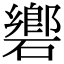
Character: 𥖡